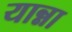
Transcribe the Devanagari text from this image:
यान्ना